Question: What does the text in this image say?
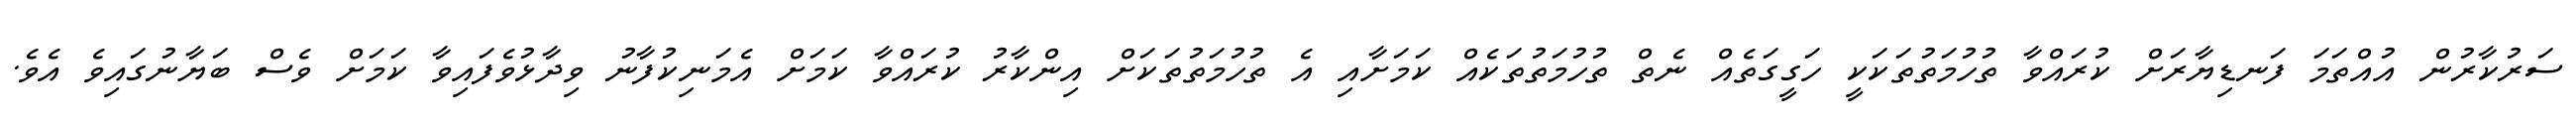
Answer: ސަރުކާރުން އުއްތަމަ ފަނޑިޔާރަށް ކުރައްވާ ތުހުމަތުތަކަކީ ހަގީގަތެއް ނެތް ތުހުމަތުތަކެއް ކަމަށާއި އެ ތުހުމަތުތަކަށް އިންކާރު ކުރައްވާ ކަމަށް އެމަނިކުފާނު ވިދާޅުވެފައިވާ ކަމަށް ވެސް ބަޔާނުގައިވެ އެވެ.